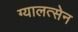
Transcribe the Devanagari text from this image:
ग्यालत्सेन